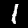
Label: 1